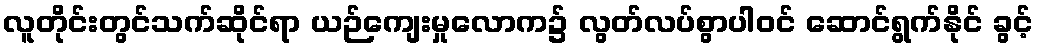
လူတိုင်းတွင်သက်ဆိုင်ရာ ယဉ်ကျေးမှုလောက၌ လွတ်လပ်စွာပါဝင် ဆောင်ရွက်နိုင် ခွင့်